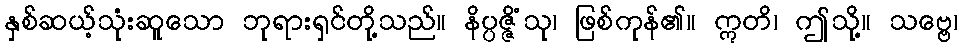
နှစ်ဆယ့်သုံးဆူသော ဘုရားရှင်တို့သည်။ နိပ္ပဇ္ဇိံသု၊ ဖြစ်ကုန်၏။ ဣတိ၊ ဤသို့။ သဗ္ဗေ၊